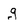
Character: g